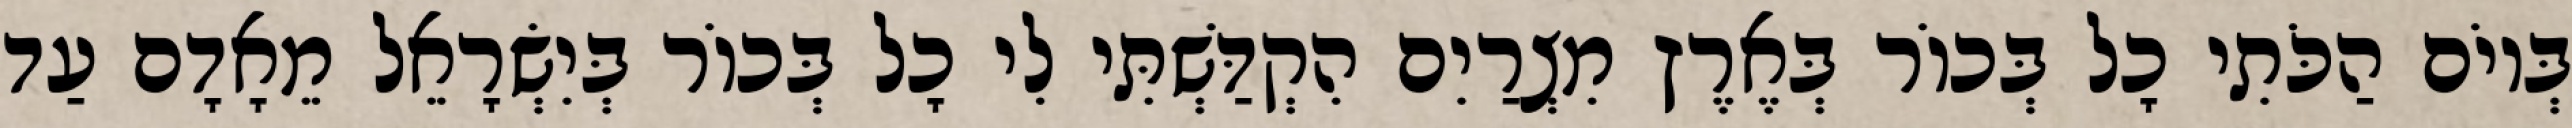
בְּיוֹם הַכֹּתִי כָל בְּכוֹר בְּאֶרֶץ מִצְרַיִם הִקְדַּשְׁתִּי לִי כָל בְּכוֹר בְּיִשְׂרָאֵל מֵאָדָם עַד